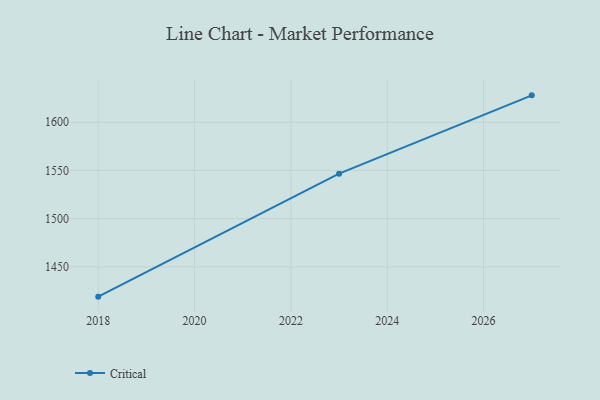
{"axis": {"x": "Year", "y": "Operating Costs (USD K)"}, "legend": ["Critical"], "data": [{"x": "2027", "y": 1627.9, "type": "Critical"}, {"x": "2023", "y": 1546.7, "type": "Critical"}, {"x": "2018", "y": 1419.1, "type": "Critical"}]}